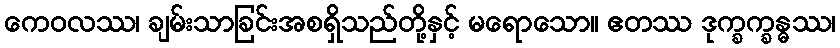
ကေဝလဿ၊ ချမ်းသာခြင်းအစရှိသည်တို့နှင့် မရောသော။ ဧတဿ ဒုက္ခက္ခန္ဓဿ၊